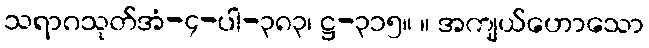
သရာဂသုတ်အံ-၄-ပါ-၃၈၃၊ ဋ္ဌ-၃၁၅။ ။ အကျယ်ဟောသော